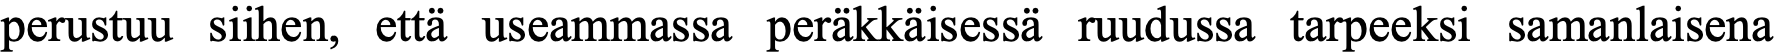
perustuu siihen, että useammassa peräkkäisessä ruudussa tarpeeksi samanlaisena